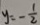
y = - \frac { 1 } { 2 }